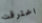
اخترقت